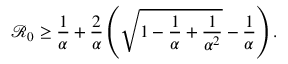
\mathcal { R } _ { 0 } \ge \frac { 1 } { \alpha } + \frac { 2 } { \alpha } \left( \sqrt { 1 - \frac { 1 } { \alpha } + \frac { 1 } { \alpha ^ { 2 } } } - \frac { 1 } { \alpha } \right) .